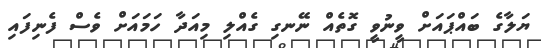
ޔަލާގެ ބައްޕައަށް ވީނުވީ ގޮތެއް ނޭނގި ގެއްލި މިއަދާ ހަމައަށް ވެސް ފެނިފައި